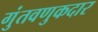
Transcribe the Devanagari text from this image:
गुंतवणुकदार